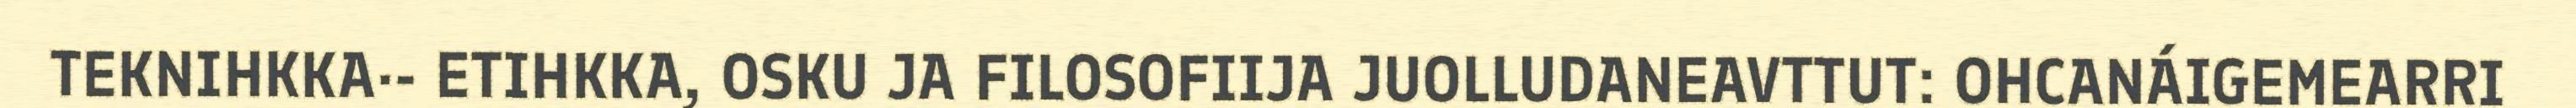
TEKNIHKKA·- ETIHKKA, OSKU JA FILOSOFIIJA JUOLLUDANEAVTTUT: OHCANÁIGEMEARRI